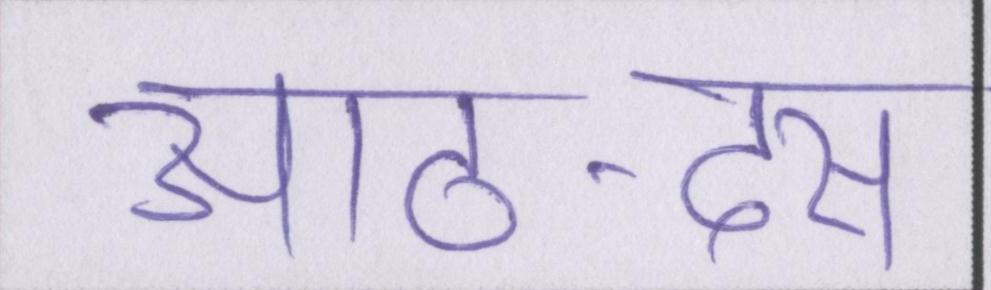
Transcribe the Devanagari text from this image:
आठ-दस